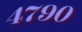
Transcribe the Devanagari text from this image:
४७९०